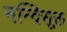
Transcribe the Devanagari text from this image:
नन्दिसूक्त